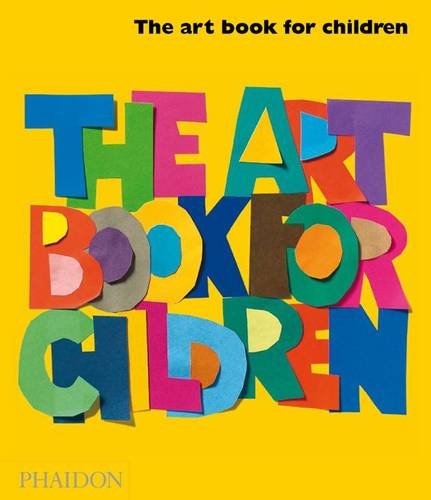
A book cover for The Art Book for Children - Book Two; Editors of Phaidon Press; Teen & Young Adult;